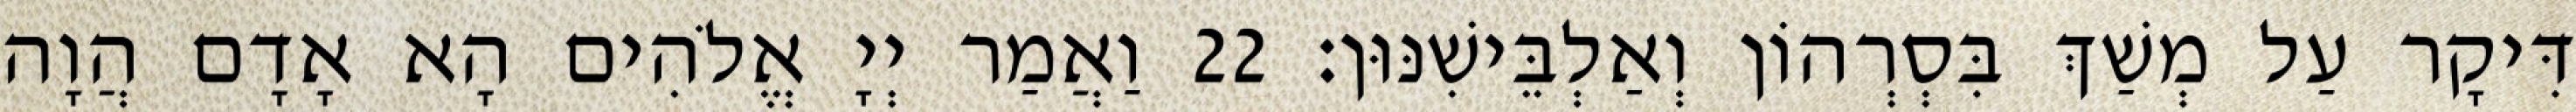
דִּיקָר עַל מְשַׁךְ בִּסְרְהוֹן וְאַלְבֵּישִׁנּוּן׃ 22 וַאֲמַר יְיָ אֱלֹהִים הָא אָדָם הֲוָה